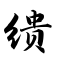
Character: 缋